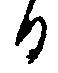
日